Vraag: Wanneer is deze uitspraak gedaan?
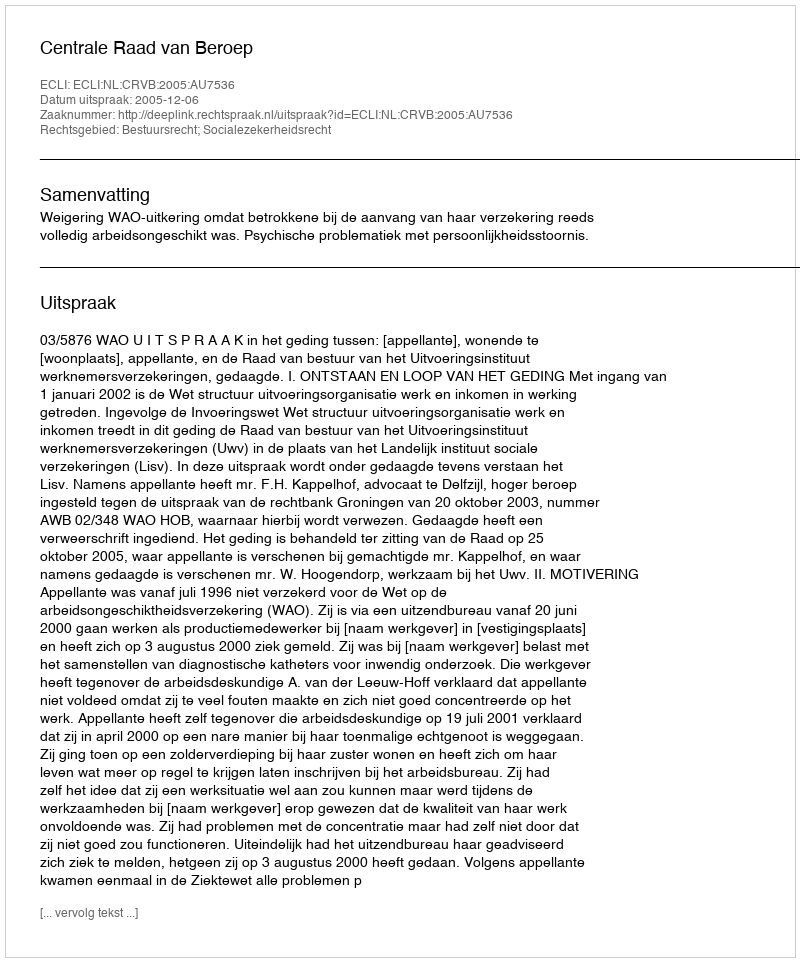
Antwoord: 2005-12-06